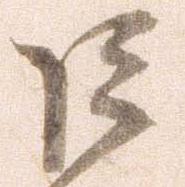
巨